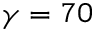
\gamma = 7 0